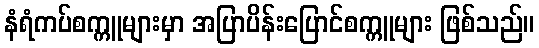
နံရံကပ်စက္ကူများမှာ အပြာပိန်းပြောင်စက္ကူများ ဖြစ်သည်။